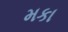
મકા